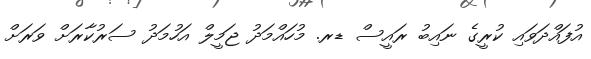
އުފައްދަވައި ކުރީގެ ނައިބު ރައީސް ޑރ. މުހައްމަދު ޖަމީލް އަހުމަދު ސަރުކާރަށް ވަރަށް